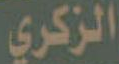
الزكري